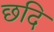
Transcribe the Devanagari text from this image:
छदि